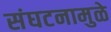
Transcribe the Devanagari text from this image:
संघटनामुळे